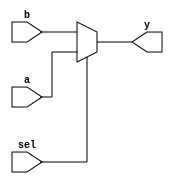
module Mux32bits(a, b, sel, y);
  input [31:0] a, b;
  input sel;
  output wire [31:0] y;
  assign y = sel ? a : b;
endmodule